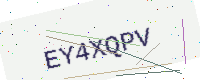
Text: EY4XQPV